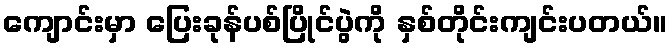
ကျောင်းမှာ ပြေးခုန်ပစ်ပြိုင်ပွဲကို နှစ်တိုင်းကျင်းပတယ်။